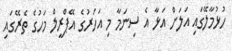
ހުޅުމާލޭގައި އަލަށް އަޅާ އެ ސިނަމާ މި އަހަރުގެ އޭޕްރީލް މަހުގެ ތެރޭގައި